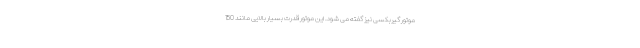
موتور گیربکسی نیز گفته می شود. این موتور قدرت بسیار بالایی مانند 150